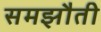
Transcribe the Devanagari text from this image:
समझौती